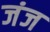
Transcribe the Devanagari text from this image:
जंज